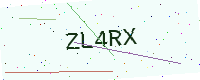
Text: ZL4RX